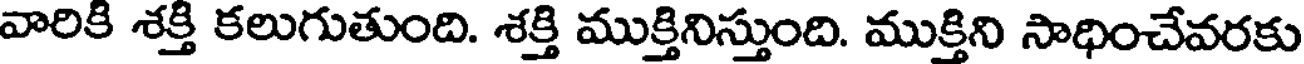
వారికి శక్తి కలుగుతుంది. శక్తి ముక్తినిస్తుంది. ముక్తిని సాధించేవరకు